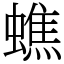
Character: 蟭